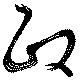
政